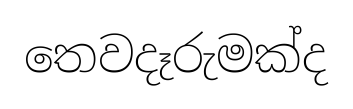
තෙවදෑරුමක්ද